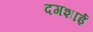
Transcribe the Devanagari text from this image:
दगशाई